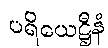
ပရိယေဋ္ဌီနံ